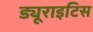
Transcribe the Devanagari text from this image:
ड्यूराइटिस